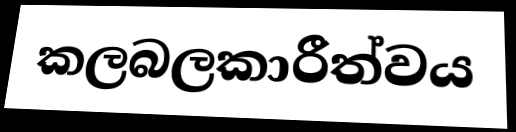
කලබලකාරීත්වය